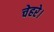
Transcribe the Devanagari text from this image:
चेहरे।